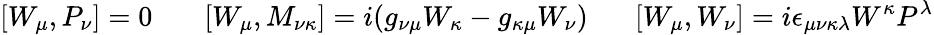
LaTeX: \left[W_{\mu},P_{\nu}\right]=0\, \, \, \, \, \, \, \, \, \, \left[W_{\mu},M_{\nu\kappa}\right]=i(g_{\nu\mu}W_{\kappa}-g_{\kappa\mu}W_{\nu})\, \, \, \, \, \, \, \, \, \left[W_{\mu},W_{\nu}\right]=i\epsilon_{\mu\nu\kappa\lambda}W^{\kappa}P^{\lambda}